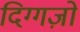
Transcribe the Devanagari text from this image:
दिग्गज़ों